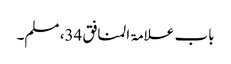
باب علامۃ المنافق 34، مسلم۔